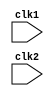
`timescale 1ns / 1ps
//////////////////////////////////////////////////////////////////////////////////
// Company: 
// Engineer: 
// 
// Design Name: 
// Module Name:    mips 
// Project Name: 
// Target Devices: 
// Tool versions: 
// Description: 
//
// Dependencies: 
//
// Revision: 
// Revision 0.01 - File Created
// Additional Comments: 
//
//////////////////////////////////////////////////////////////////////////////////
module mips( input clk1,   input clk2);

reg HALTED,TAKEN_BRANCH,RR_ALU,RM_ALU,LOAD,STORE,BRANCH,HALT;
reg [31:0] pc,if_id_ir,if_id_npc;
reg [31:0] id_ex_ir,id_ex_npc,id_ex_a,id_ex_b,id_ex_imm;
reg [2:0] id_ex_type,ex_mem_type,mem_wb_type;
reg [31:0] ex_mem_ir,ex_mem_aluout,ex_mem_b,ex_mem_cond;
reg [31:0] mem_wb_ir,mem_wb_aluout,mem_wb_lmd;
reg [31:0] Reg [0:31];
reg [31:0] mem [0:1023];

parameter ADD=6'b000000, SUB=6'b000001, AND=6'b000010, OR=6'b000011, SLT=6'b000100, MUL=6'b000101, HLT=6'b111111, LW=6'b001000, SW=6'b001001, ADDI=6'b001010, SUBI=6'b001011,SLTI=6'b001100, BNEQZ=6'b001101, BEQZ=6'b001110;

always @(posedge clk1)   //if stage
if(HALTED == 0)
begin
if(((ex_mem_ir[31:26] == BEQZ)&&(ex_mem_cond == 1'b1)) || ((ex_mem_ir[31:26] == BNEQZ)&&(ex_mem_cond == 1'b0)))
begin
if_id_ir <= #2 mem[ex_mem_aluout];
TAKEN_BRANCH <= #2 1'b1;
if_id_npc <= #2 ex_mem_aluout + 1;
pc <= #2ex_mem_aluout +1;
end
else
begin
if_id_ir <= #2 mem[pc];
if_id_npc <= #2 pc + 1;
pc <= #2 pc + 1;
end
end
always @(posedge clk2)  // id stage
if(HALTED == 0)
begin 
if(if_id_ir[25:21] == 5'b00000)
id_ex_a <= 0;
else
id_ex_a <= #2 Reg[if_id_ir[25:21]];

if(if_id_ir[20:16] == 5'b00000)
id_ex_b <= 0;
else
id_ex_b <= #2 Reg[if_id_ir[20:16]];

id_ex_npc <= #2 if_id_npc;
id_ex_ir <= #2 if_id_ir;
id_ex_imm <= #2 {{16{if_id_ir[15]}},{if_id_ir[15:0]}};

case(if_id_ir[31:26])
ADD,SUB,AND,OR,SLT,MUL : id_ex_type <= #2 RR_ALU;
ADDI,SUBI,SLTI : id_ex_type <= #2 RM_ALU;
LW : id_ex_type <= #2 LOAD;
SW : id_ex_type <= #2 STORE;
BNEQZ,BEQZ: id_ex_type <= #2 BRANCH;
HLT : id_ex_type <= #2 HALT;
default : id_ex_type <= #2 HALT;
endcase
end

always @(posedge clk1) //ex stage
if(HALTED == 0)
begin 
ex_mem_type <= #2 id_ex_type;
ex_mem_ir <= #2 id_ex_ir;
TAKEN_BRANCH <= #2 0;

case(id_ex_type)
RR_ALU: begin
case(id_ex_ir[31:26])
ADD: ex_mem_aluout <= #2 id_ex_a + id_ex_b;
SUB: ex_mem_aluout <= #2 id_ex_a - id_ex_b;
AND: ex_mem_aluout <= #2 id_ex_a & id_ex_b;
OR : ex_mem_aluout <= #2 id_ex_a | id_ex_b;
SLT: ex_mem_aluout <= #2 id_ex_a < id_ex_b;
MUL: ex_mem_aluout <= #2 id_ex_a * id_ex_b;
default: ex_mem_aluout <= #2 32'hxxxxxxxx;
endcase 
end

RM_ALU: begin
case(id_ex_ir[31:26])
ADDI: ex_mem_aluout <= #2 id_ex_a + id_ex_imm;
SUBI: ex_mem_aluout <= #2 id_ex_a - id_ex_imm;
SLTI: ex_mem_aluout <= #2 id_ex_a < id_ex_imm;
default: ex_mem_aluout <= #2 32'hxxxxxxxx;
endcase
end

LOAD,STORE: 
begin
ex_mem_aluout <= #2 id_ex_a + id_ex_imm;
ex_mem_b <= #2 id_ex_b;
end

BRANCH: begin
ex_mem_aluout <= #2 id_ex_npc + id_ex_imm;
ex_mem_cond <= #2 (id_ex_a == 0);
end
endcase
end

always @(posedge clk2) //mem stage
if(HALTED == 0)
begin 
mem_wb_type = ex_mem_type;
mem_wb_ir <= #2 ex_mem_ir;

case(ex_mem_type)
RR_ALU,RM_ALU: 
mem_wb_aluout <= #2 ex_mem_aluout;

LOAD: mem_wb_lmd <= #2 mem[ex_mem_aluout];

STORE: if(TAKEN_BRANCH == 0)
mem[ex_mem_aluout] <= #2 ex_mem_b;
endcase
end

always @(posedge clk1) //wb stage
begin
if(TAKEN_BRANCH == 0)
case (mem_wb_type)
RR_ALU: Reg[mem_wb_ir[15:11]] <= #2 mem_wb_aluout;
RM_ALU: Reg[mem_wb_ir[20:16]] <= #2 mem_wb_aluout;
RR_ALU: Reg[mem_wb_ir[20:16]] <= #2 mem_wb_lmd;
HALT: HALTED <= #2 1'b1;
endcase
end
endmodule